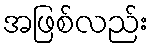
အဖြစ်လည်း